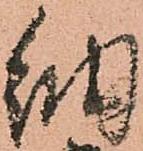
納